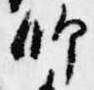
師